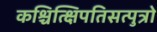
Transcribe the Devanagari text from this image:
कश्चित्क्षिपतिसत्पुत्रो